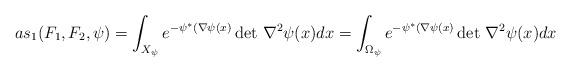
LaTeX: \begin{align*}as_1(F_1, F_2, \psi) = \int_{X_\psi} e^{-\psi^*(\nabla \psi(x)} \det \, \nabla^2 \psi(x) dx = \int_{\Omega_\psi} e^{-\psi^*(\nabla \psi(x)} \det \, \nabla^2 \psi(x) dx\end{align*}